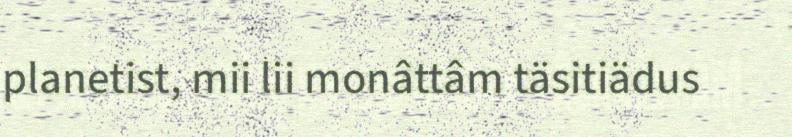
planetist, mii lii monâttâm täsitiädus